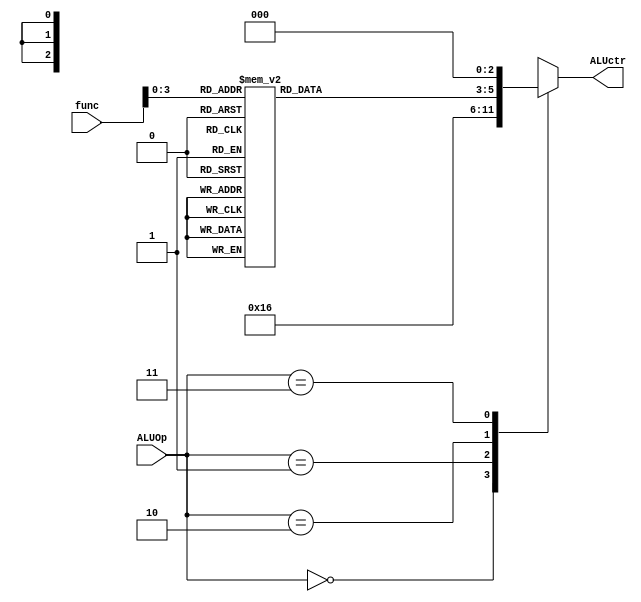
module aluctr(ALUOp, func, ALUctr);
    input [5:0] func;
    input [1:0] ALUOp;
    output reg [2:0] ALUctr;

    always @(ALUOp or func) begin
        case (ALUOp)
            2'b00: ALUctr <= 3'b010;
            2'b01: ALUctr <= 3'b110;
            2'b10: begin
                case (func[3:0])
                    4'b0000: ALUctr <= 3'b010; //
                    4'b0001: ALUctr <= 3'b000;
                    4'b0010: ALUctr <= 3'b110; //
                    4'b0011: ALUctr <= 3'b000;
                    4'b0100: ALUctr <= 3'b000;
                    4'b0101: ALUctr <= 3'b001; //
                    4'b0110: ALUctr <= 3'b000;
                    4'b0111: ALUctr <= 3'b000;
                    4'b1000: ALUctr <= 3'b000;
                    4'b1001: ALUctr <= 3'b000;
                    4'b1010: ALUctr <= 3'b111; //
                    4'b1011: ALUctr <= 3'b000;
                    4'b1100: ALUctr <= 3'b000;
                    4'b1101: ALUctr <= 3'b000;
                    4'b1110: ALUctr <= 3'b000;
                    4'b1111: ALUctr <= 3'b000;
                    default:  ALUctr <= 3'b000;
                endcase
            end
            2'b11: ALUctr <= 3'b000;
            default: ALUctr <= 3'b000;
        endcase
    end
endmodule